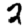
Digit: 2